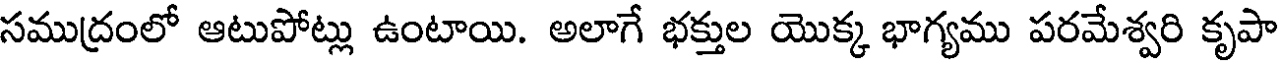
సముద్రంలో ఆటుపోట్లు ఉంటాయి. అలాగే భక్తుల యొక్క భాగ్యము పరమేశ్వరి కృపా